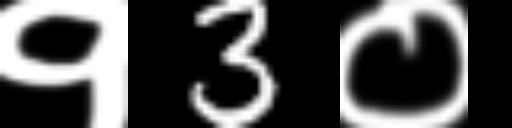
Text: १3०